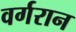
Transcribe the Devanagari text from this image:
वर्गरान